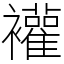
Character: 䙮